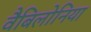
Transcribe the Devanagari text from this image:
वैबिलोनिया